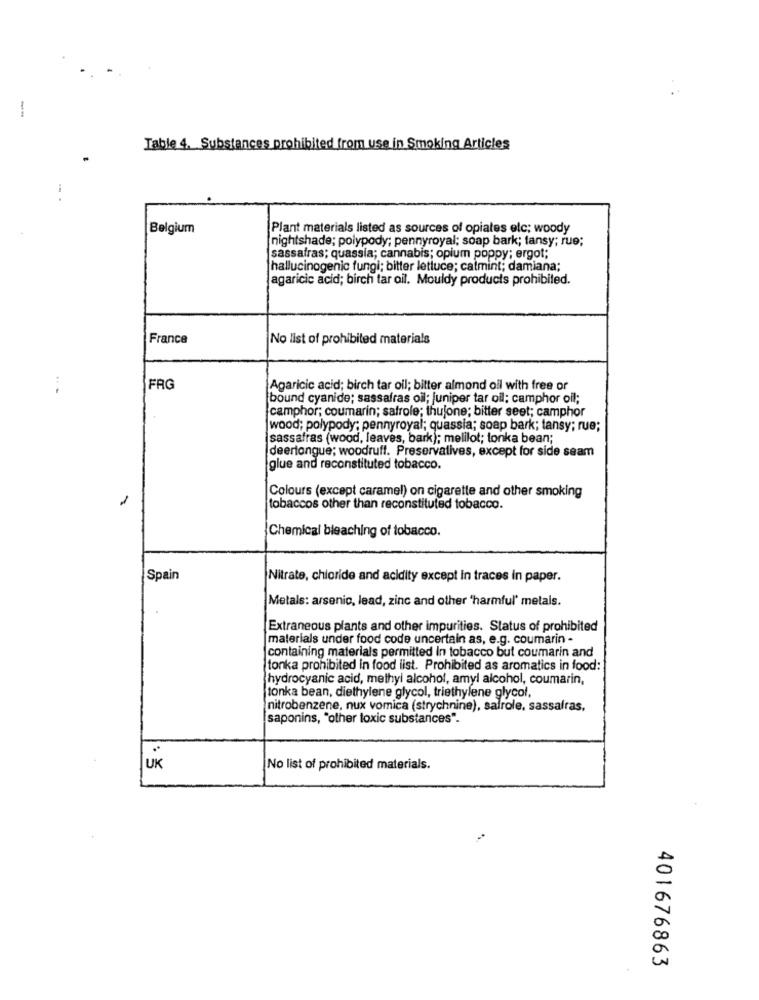
Table 4. Substances prohibited from use in Smoking Articles
Belgium
Plant materials listed as sources of opiates elc; woody
nightshade; polypody; pennyroyal; soap bark; tansy; rue;
sassafras; quassia; cannabis; opium poppy; ergot;
hallucinogenic fungi; bitter lettuce; catmint; damiana;
agaricic acid; birch tar oil. Mouldy products prohibited.
France
No list of prohibited materials
FRG
Agaricic acid; birch tar oll; bitter almond oil with free or
bound cyanide; sassafras oil; juniper tar oil; camphor oil;
camphor; coumarin; safrole; thujone; bitter seet; camphor
wood; polypody; pennyroyal; quassia; soap bark; tansy; rue;
sassafras (wood, leaves, bark); melilot; tonka bean;
deerlongue; woodruff. Preservatives, except for side seam
glue and reconstituted tobacco.
Colours (except caramel) on cigarette and other smoking
1
tobaccos other than reconstituted tobacco.
Chemical bleaching of tobacco.
Spain
Nitrate, chloride and acidity except in traces in paper.
Metals: arsenic, lead, zinc and other "harmful' metals.
Extraneous plants and other impurities. Status of prohibited
materials under food code uncertain as, e.g. coumarin -
containing materials permitted In tobacco but coumarin and
tonka prohibited in food list. Prohibited as aromatics in food:
hydrocyanic acid, methyl alcohol, amyl alcohol, coumarin,
tonka bean, diethylene glycol, triethylene glycol,
nitrobenzene, nux vomica (strychnine), salrole, sassafras,
saponins, "other toxic substances".
UK
No list of prohibited materials.
401676863